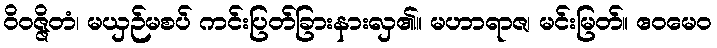
ဝိဝဇ္ဇိတံ၊ မယှဉ်မစပ် ကင်းပြတ်ခြားနားလှ၏။ မဟာရာဇ၊ မင်းမြတ်။ ဧဝမေဝ